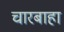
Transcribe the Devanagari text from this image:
चारबाहा